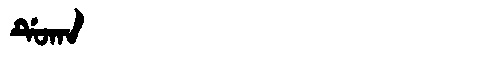
Manchu: ᡩᡠᡴᠠ
Romanization: DUKA